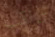
تراقب